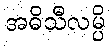
အဓိသီလမ္ပိ